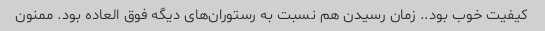
کیفیت خوب بود.. زمان رسیدن هم نسبت به رستوران‌های دیگه فوق العاده بود. ممنون